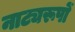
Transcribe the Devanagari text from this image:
नाट्यरूपों